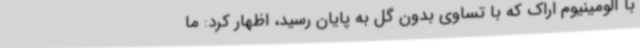
با آلومینیوم اراک که با تساوی بدون گل به پایان رسید، اظهار کرد: ما